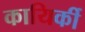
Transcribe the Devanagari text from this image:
कायिर्की